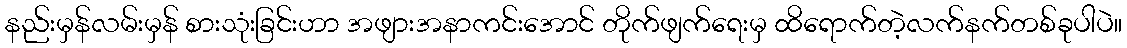
နည်းမှန်လမ်းမှန် စားသုံးခြင်းဟာ အဖျားအနာကင်းအောင် တိုက်ဖျက်ရေးမှ ထိရောက်တဲ့လက်နက်တစ်ခုပါပဲ။